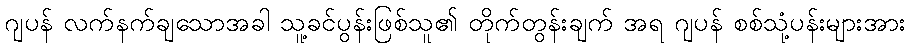
ဂျပန် လက်နက်ချသောအခါ သူ့ခင်ပွန်းဖြစ်သူ၏ တိုက်တွန်းချက် အရ ဂျပန် စစ်သုံ့ပန်းများအား